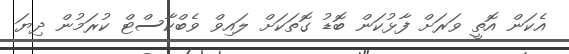
އެކަން އޮތީ ވަރަށް ފާޅުކަން ބޮޑު ގޮތަކަށް ލައިވް ވެބްކާސްޓް ކުރަމުން ދިޔަ